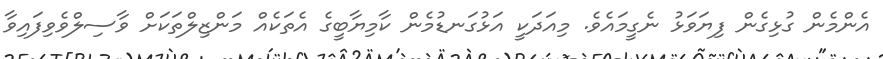
އެންމެން ގުޅިގެން ފިޔަވަޅު ނެގީމައެވެ. މިއަދަކީ އަޅުގަނޑުމެން ކާމިޔާބީގެ އެތަކެއް މަންޒިލްތަކަށް ވާސިލްްވެވިފައިވާ